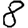
Digit: 8